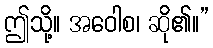
ဤသို့။ အဝေါစ၊ ဆို၏။”